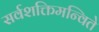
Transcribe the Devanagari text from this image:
सर्वशक्तिमन्विते